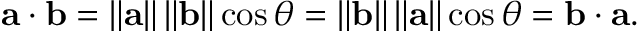
\mathbf { a } \cdot \mathbf { b } = \left\| \mathbf { a } \right\| \left\| \mathbf { b } \right\| \cos \theta = \left\| \mathbf { b } \right\| \left\| \mathbf { a } \right\| \cos \theta = \mathbf { b } \cdot \mathbf { a } .